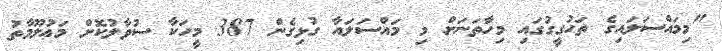
"މިމައްސަލައިގެ ތަހުގީގުގައި މިހާތަނަށް މި މައްސަލައާ ގުޅިގެން 387 މީހަކާ ސުވާލުކޮށް މަޢުލޫމާތު